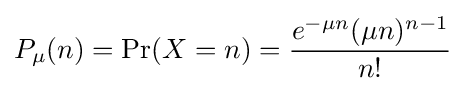
P_{\mu }(n)=\Pr(X=n)={\frac {e^{-\mu n}(\mu n)^{n-1}}{n!}}